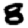
Digit: 8